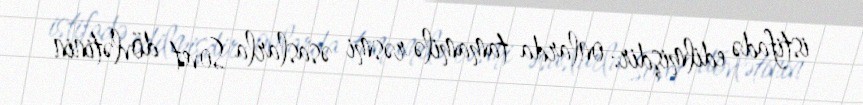
istifadə edilmişdir: onlarda tamamilə rəsmi əsaslarla Sovet dövlətinin